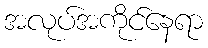
အလုပ်အကိုင်နေရာ